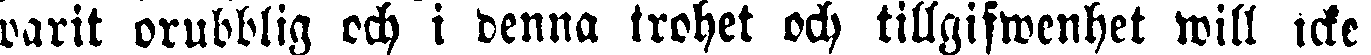
warit orubblig och i denna trohet och tillgifwenhet will icke